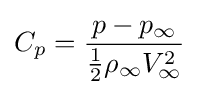
C_{p}={p-p_{\infty } \over {\frac {1}{2}}\rho _{\infty }V_{\infty }^{2}}